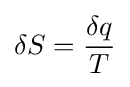
{\rm {\delta }}S={\frac {{\rm {\delta }}q}{T}}